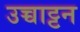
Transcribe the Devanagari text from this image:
उच्चाट्टन